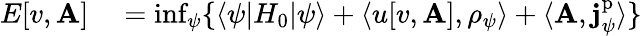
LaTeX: \begin{array}{rl}{E[v,\mathbf{A}]}&{{}=\operatorname*{inf}_{\psi}\{ \langle\psi|H_{0}|\psi\rangle+\langle u[v,\mathbf{A}],\rho_{\psi}\rangle+\langle\mathbf{A},\mathbf{j}_{\psi}^{\mathrm{p}}\rangle\} }\end{array}